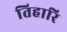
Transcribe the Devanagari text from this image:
तिहारि